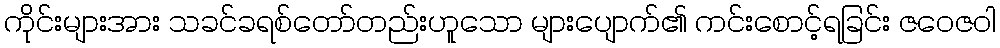
ကိုင်းများအား သခင်ခရစ်တော်တည်းဟူသော များပျောက်၏ ကင်းစောင့်ရခြင်း ဇဝေဇဝါ